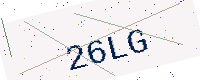
Text: 26LG